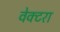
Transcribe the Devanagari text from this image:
वेक्टरा